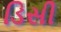
ડિસી